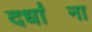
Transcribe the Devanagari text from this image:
दधा॑ना